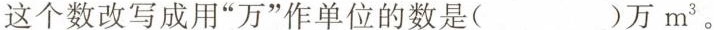
这个数改写成用“万”作单位的数是()万 m^{3}。